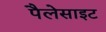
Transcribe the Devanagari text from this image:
पैलेसाइट